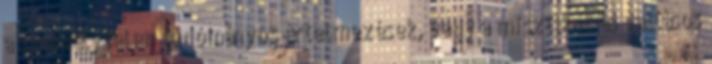
a személytelen tudományos értelmezések, vagy a misztikus és vallásos